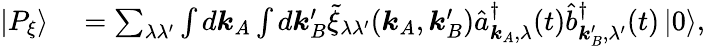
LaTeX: \begin{array}{rl}{\left|P_{\xi}\right\rangle}&{{}=\sum_{\lambda\lambda^{\prime}}\int d\boldsymbol{k}_{A}\int d\boldsymbol{k}_{B}^{\prime}\tilde{\xi}_{\lambda\lambda^{\prime}}(\boldsymbol{k}_{A},\boldsymbol{k}_{B}^{\prime})\hat{a}_{\boldsymbol{k}_{A},\lambda}^{\dagger}(t)\hat{b}_{\boldsymbol{k}_{B}^{\prime},\lambda^{\prime}}^{\dagger}(t)\left|0\right\rangle,}\end{array}